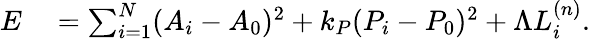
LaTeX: \begin{array}{rl}{E}&{{}=\sum_{i=1}^{N}(A_{i}-A_{0})^{2}+k_{P}(P_{i}-P_{0})^{2}+\Lambda L_{i}^{(n)}.}\end{array}